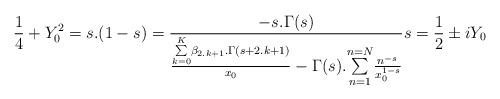
LaTeX: \begin{align*}\frac{1}{4}+Y_0^2=s.(1-s)=\frac{-s.\Gamma (s)}{\frac{\underset{k=0}{\overset{K}{\sum }}\beta _{2.k+1}.\Gamma (s+2.k+1)}{x_0}-\Gamma (s).\underset{n=1}{\overset{n=N}{\sum }}\frac{n^{-s}}{x_0^{1-s}}} s=\frac{1}{2} \pm iY_0 \end{align*}